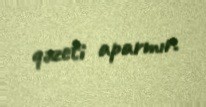
qəzeti aparmır.